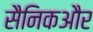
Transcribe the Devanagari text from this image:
सैनिकऔर